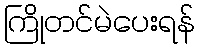
ကြိုတင်မဲပေးရန်